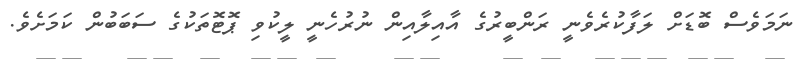
ނަމަވެސް ބޮޑަށް ލަފާކުރެވެނީ ރަންބީރުގެ އާއިލާއިން ނުރުހެނީ ލީކުވި ޕޮޓޮތަކުގެ ސަބަބުން ކަމަށެވެ.